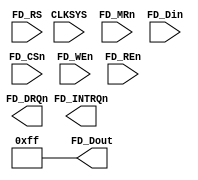

module FDC(
  input CLKSYS,
  input FD_MRn, // reset
  input [7:0] FD_Din,
  output [7:0] FD_Dout,
  input [2:0] FD_RS,
  output FD_DRQn,
  output FD_INTRQn,
  input FD_CSn,
  input FD_WEn,
  input FD_REn
);

assign FD_Dout = 8'hff; // no FDC

endmodule